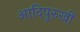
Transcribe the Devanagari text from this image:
आदिपुरुखीं